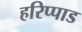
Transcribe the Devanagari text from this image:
हरिप्पाड